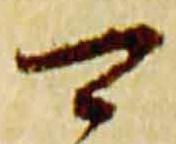
可